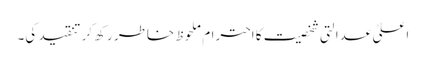
اعلیٰ عدالتی شخصیت کا احترام ملحوظ خاطر رکھ کر تنقید کی۔